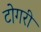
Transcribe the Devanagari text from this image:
टोगरी